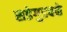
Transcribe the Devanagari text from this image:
सडेगुडवळे